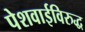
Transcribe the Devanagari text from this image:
पेशवाईविरुद्ध